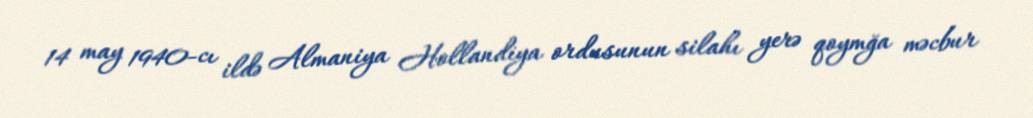
14 may 1940-cı ildə Almaniya Hollandiya ordusunun silahı yerə qoymğa məcbur